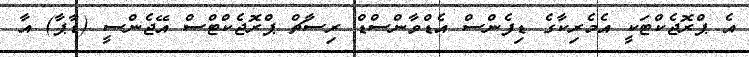
އެ ޕްރޮޖެކްޓަކީ އެމެރިކާގެ ޑިފެންސް އެޑްވާންސްޑް ރިސާާޗް ޕްރޮޖެކްޓްސް އޭޖެންސީ (ޑާޕާ) އާ